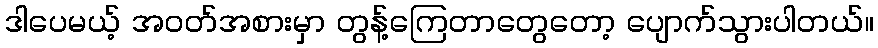
ဒါပေမယ့် အဝတ်အစားမှာ တွန့်ကြေတာတွေတော့ ပျောက်သွားပါတယ်။